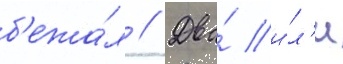
б'ежа́л // Два́ и́л'и